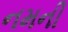
નમની